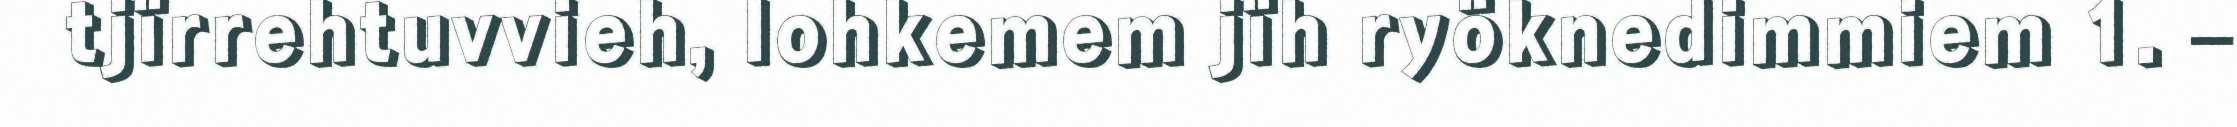
tjïrrehtuvvieh, lohkemem jïh ryöknedimmiem 1. –